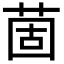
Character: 䓢